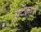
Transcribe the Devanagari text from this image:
छूटकारो